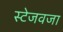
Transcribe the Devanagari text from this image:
स्टेजवजा